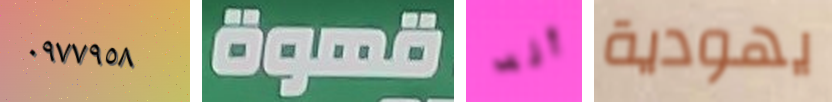
٠٩٧٧٩٥٨ قهوة أنه يهودية